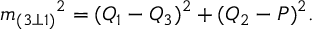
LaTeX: { m _ { ( 3 \bot 1 ) } } ^ { 2 } = ( Q _ { 1 } - Q _ { 3 } ) ^ { 2 } + ( Q _ { 2 } - P ) ^ { 2 } .